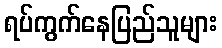
ရပ်ကွက်နေပြည်သူများ